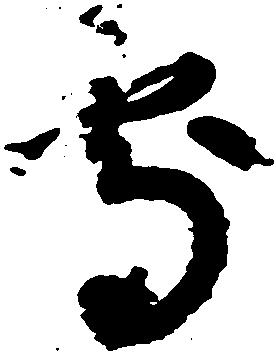
処